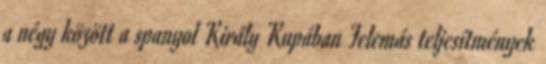
a négy között a spanyol Király Kupában Felemás teljesítmények